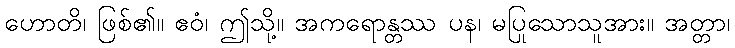
ဟောတိ၊ ဖြစ်၏။ ဧဝံ၊ ဤသို့။ အကရောန္တဿ ပန၊ မပြုသောသူအား။ အတ္တာ၊